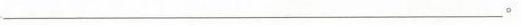
___。